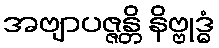
အဗျာပဇ္ဇန္တိ နိဗ္ဗုဒ္ဓံ